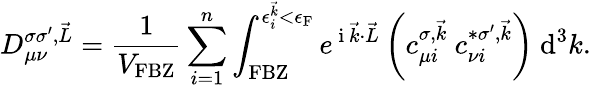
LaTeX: D_{\mu\nu}^{\sigma\sigma^{\prime},\vec{L}}=\frac{1}{V_{\textrm{FBZ}}}\sum_{i=1}^{n}\int_{\textrm{FBZ}}^{\epsilon_{i}^{\vec{k}}<\epsilon_{\textrm{F}}}e^{\mathrm{~i~}\vec{k}\cdot\vec{L}}\left(c_{\mu i}^{\sigma,\vec{k}}~c_{\nu i}^{*\sigma^{\prime},\vec{k}}\right)~\textrm{d}^{3}k.